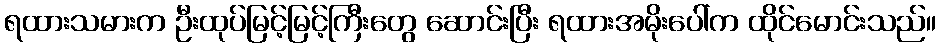
ရထားသမားက ဦးထုပ်မြင့်မြင့်ကြီးတွေ ဆောင်းပြီး ရထားအမိုးပေါ်က ထိုင်မောင်းသည်။